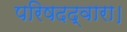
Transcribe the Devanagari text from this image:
परिषदद्वारा।